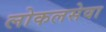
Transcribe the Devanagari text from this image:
लोकलसेवा